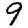
Digit: 9